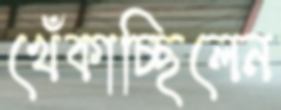
খেঁকাচ্ছিলেন